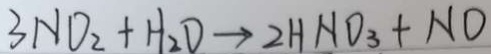
3 N O _ { 2 } + H _ { 2 } O \rightarrow 2 H N O _ { 3 } + N O